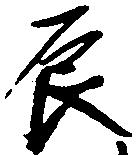
辰